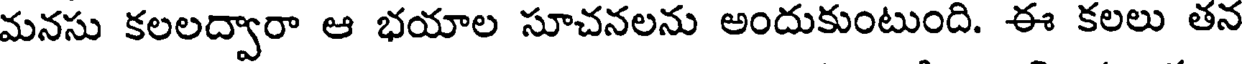
మనసు కలలద్వారా ఆ భయాల సూచనలను అందుకుంటుంది. ఈ కలలు తన